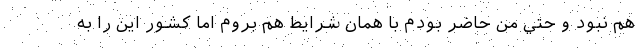
هم نبود و حتي من حاضر بودم با همان شرايط هم بروم اما كشور اين را به